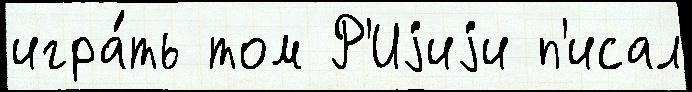
игра́ть том Р'Иjиjи п'исал